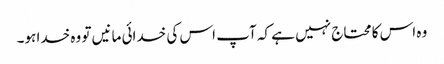
وہ اس کا محتاج نہیں ہے کہ آپ اس کی خدائی مانیں تو وہ خدا ہو۔